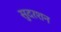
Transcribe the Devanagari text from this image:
सुदरशन